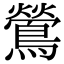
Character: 鶯